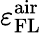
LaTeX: \varepsilon_{\mathrm{FL}}^{\mathrm{air}}